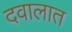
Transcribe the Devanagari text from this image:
दवालात